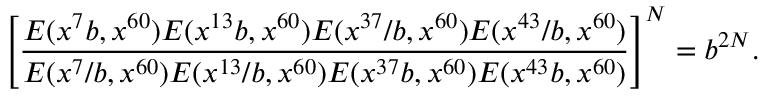
\left[ \frac { E ( x ^ { 7 } b , x ^ { 6 0 } ) E ( x ^ { 1 3 } b , x ^ { 6 0 } ) E ( x ^ { 3 7 } / b , x ^ { 6 0 } ) E ( x ^ { 4 3 } / b , x ^ { 6 0 } ) } { E ( x ^ { 7 } / b , x ^ { 6 0 } ) E ( x ^ { 1 3 } / b , x ^ { 6 0 } ) E ( x ^ { 3 7 } b , x ^ { 6 0 } ) E ( x ^ { 4 3 } b , x ^ { 6 0 } ) } \right] ^ { N } = b ^ { 2 N } .